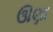
ઊણા